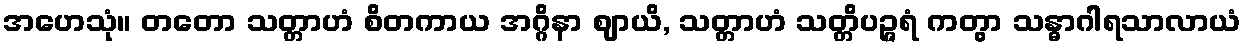
အဟေသုံ။ တတော သတ္တာဟံ စိတကာယ အဂ္ဂိနာ ဈာယိ, သတ္တာဟံ သတ္တိပဉ္ဇရံ ကတွာ သန္ဓာဂါရသာလာယံ